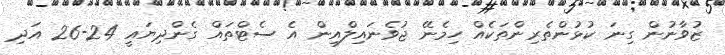
ޒުވާނުން ގިނަ ކުޅުންތެރިންތަކެއް ހިމެނޭ ޖުވެނައިލްއިން އެ ސެޓްތައް ގެންދިޔައީ 24-26 އަދި